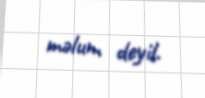
məlum deyil.